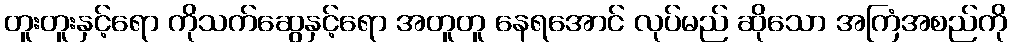
တူးတူးနှင့်ရော ကိုသက်ဆွေနှင့်ရော အတူတူ နေရအောင် လုပ်မည် ဆိုသော အကြံအစည်ကို